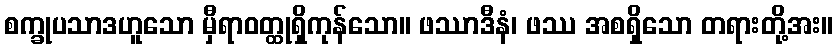
စက္ခုပသာဒဟူသော မှီရာဝတ္ထုရှိကုန်သော။ ဖဿာဒီနံ၊ ဖဿ အစရှိသော တရားတို့အး။